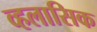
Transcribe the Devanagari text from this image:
व्हलासिक